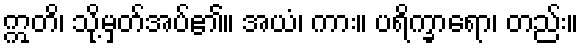
ဣတိ၊ သို့မှတ်အပ်၏။ အယံ၊ ကား။ ပရိက္ခာရော၊ တည်း။